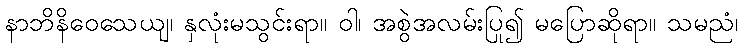
နာဘိနိဝေသေယျ၊ နှလုံးမသွင်းရာ။ ဝါ၊ အစွဲအလမ်းပြု၍ မပြောဆိုရာ။ သမညံ၊